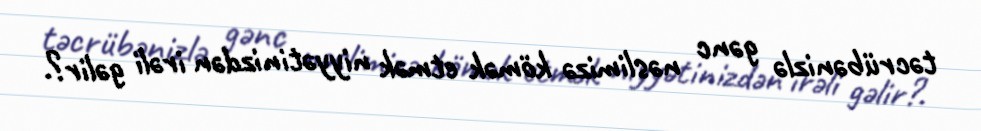
təcrübənizlə gənc nəslimizə kömək etmək niyyətinizdən irəli gəlir?.